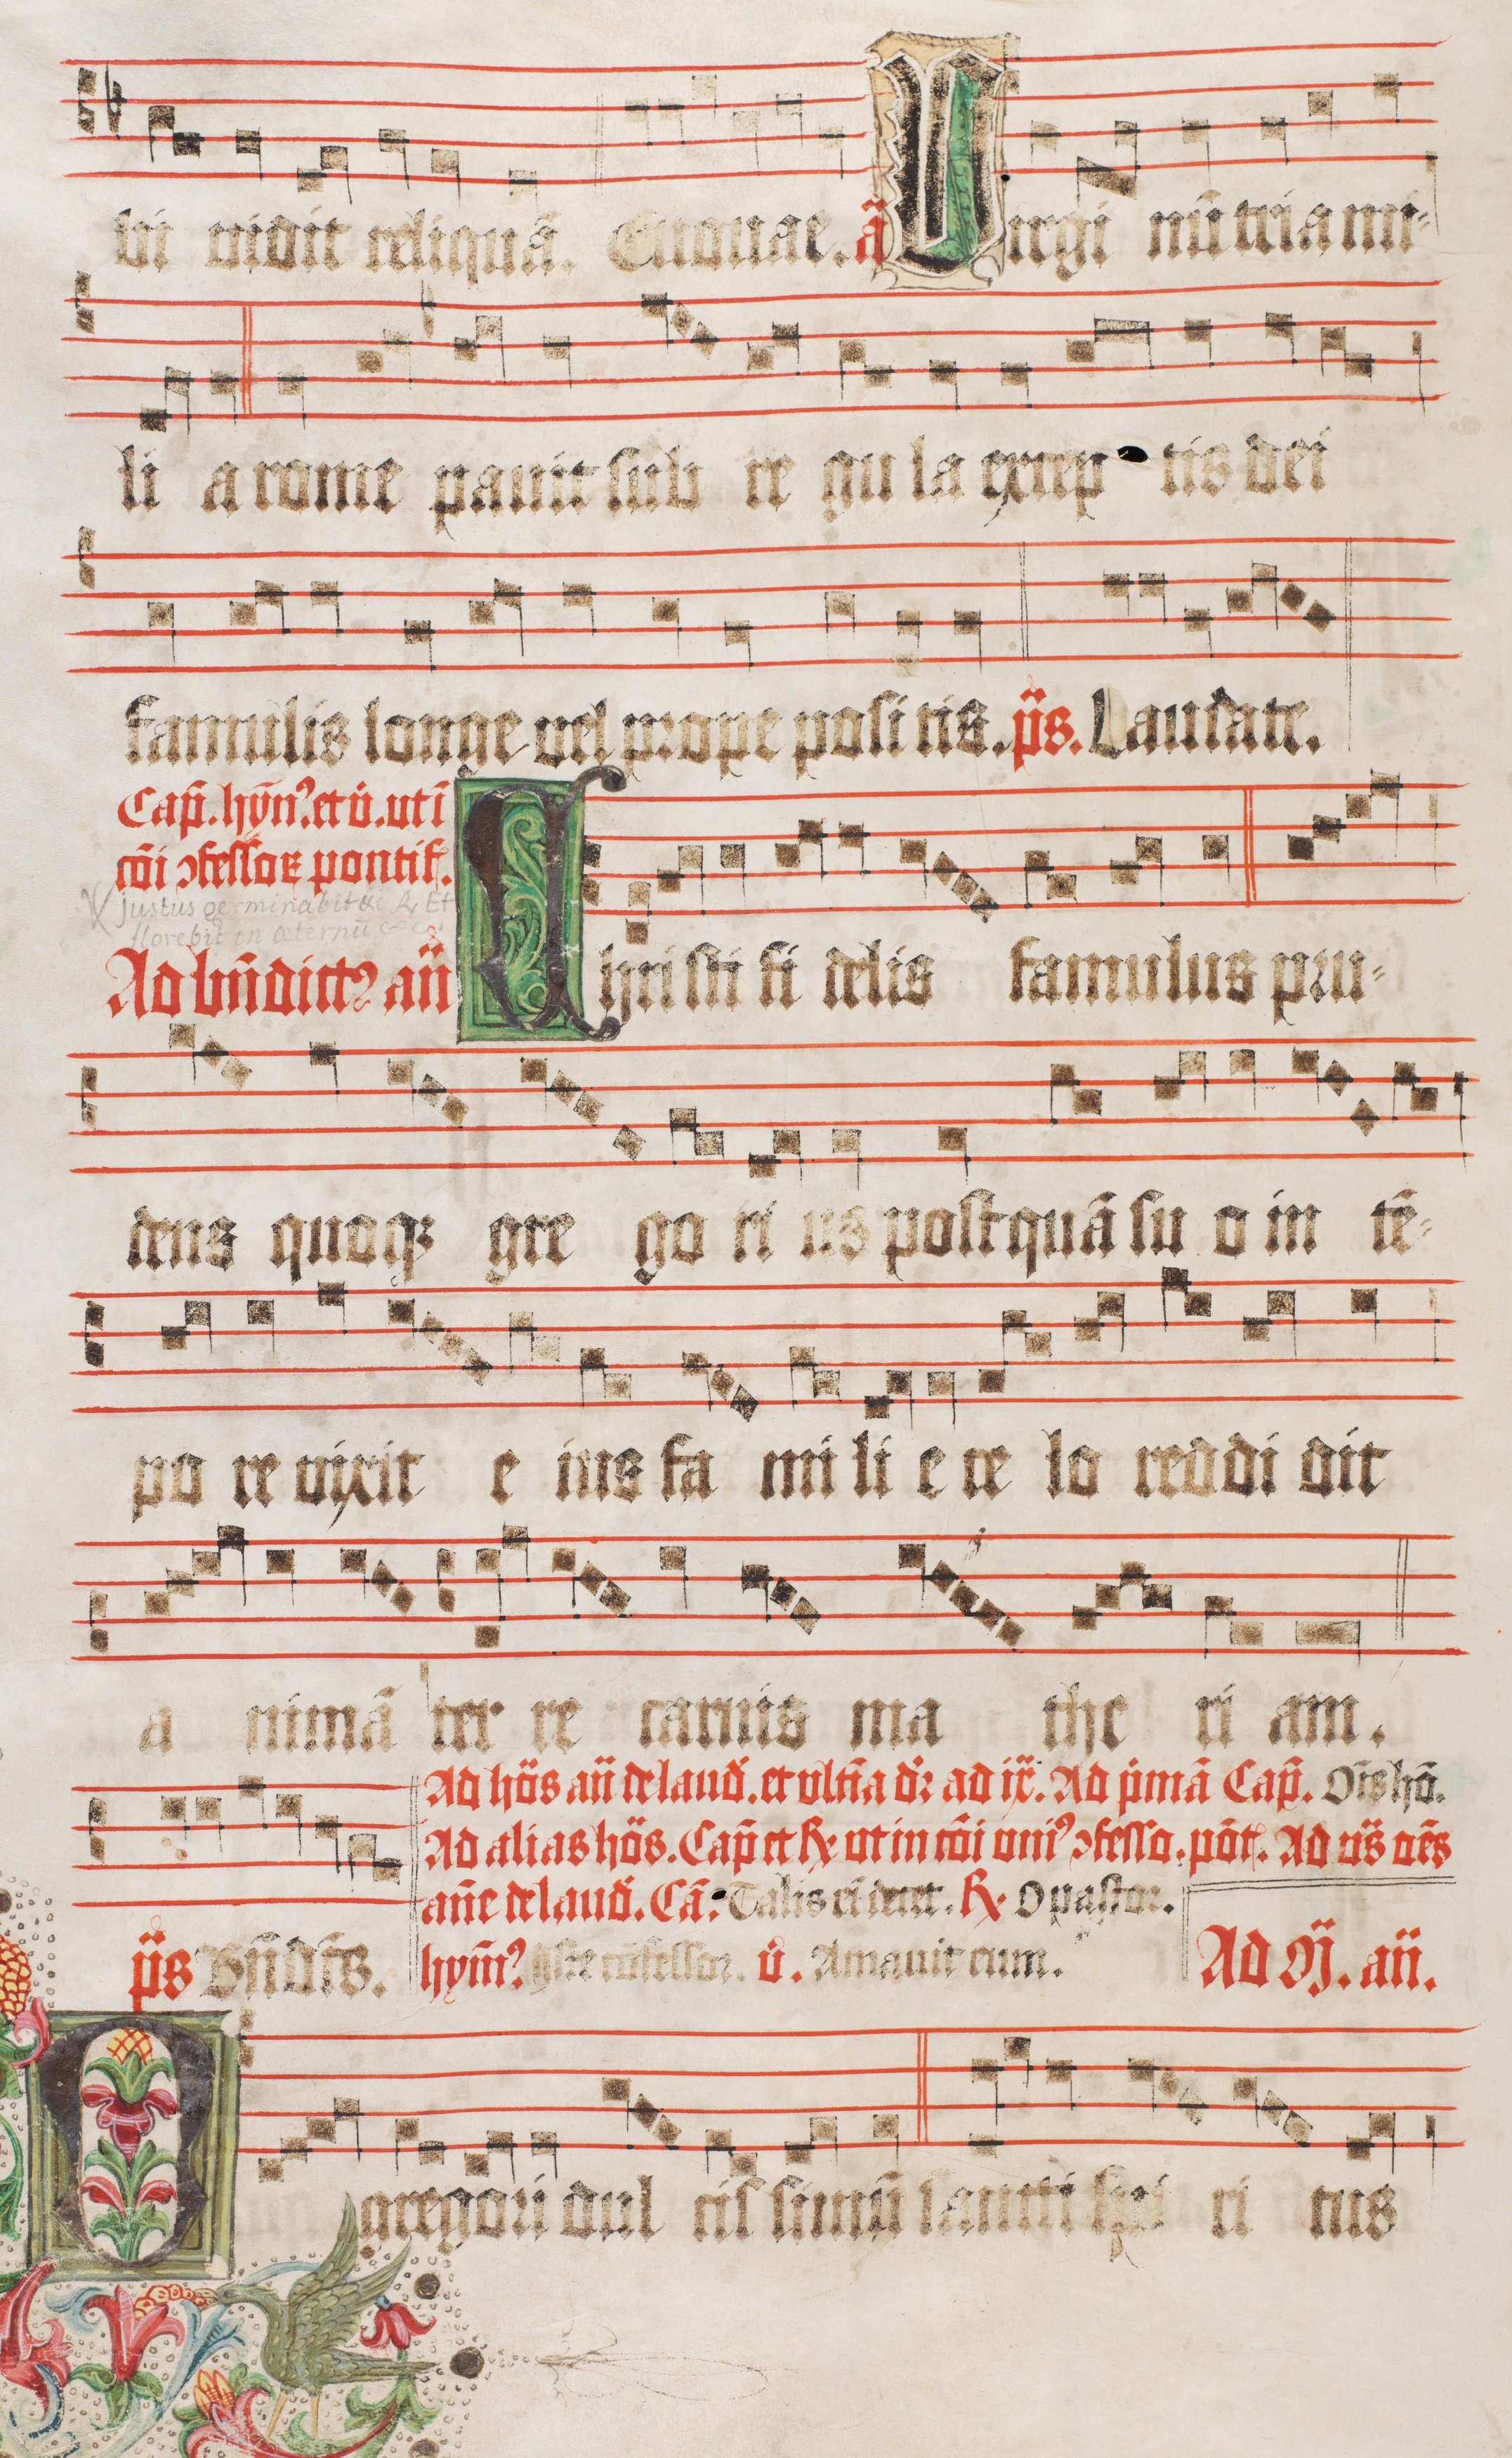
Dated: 1510–1517